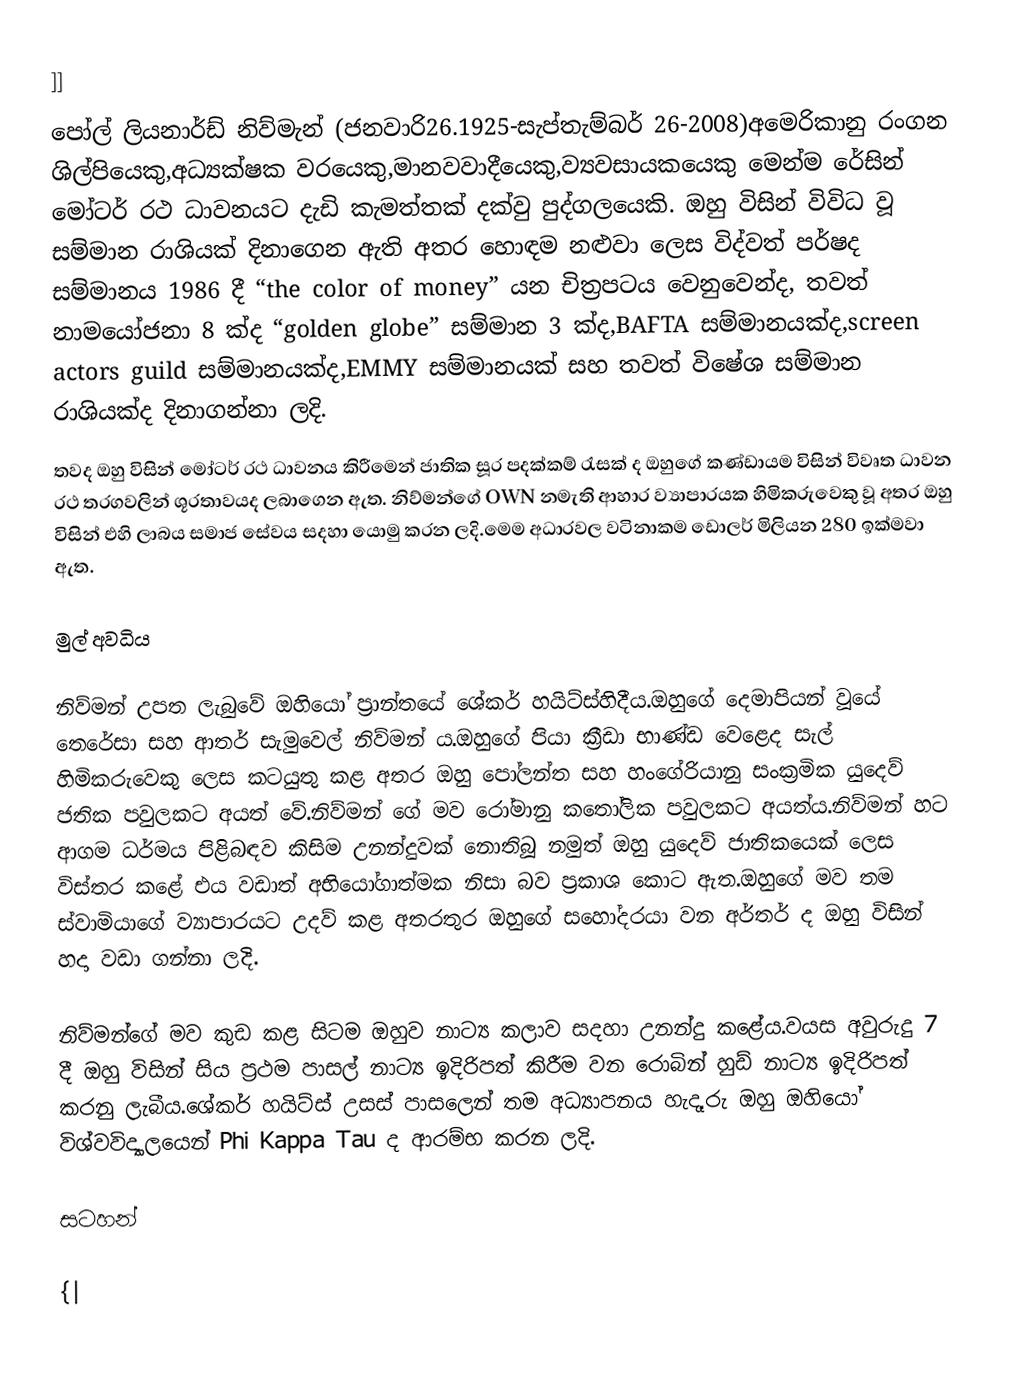
]]
පෝල් ලියනාර්ඩ් නිව්මැන් (ජනවාරි26.1925-සැප්තැම්බර් 26-2008)අමෙරිකානු රංගන ශිල්පියෙකු,අධ්‍යක්ෂක වරයෙකු,මානවවාදීයෙකු,ව්‍යවසායකයෙකු මෙන්ම රේසින් මෝටර් රථ ධාවනයට දැඩි කැමත්තක් දක්වු පුද්ගලයෙකි. ඔහු විසින් විවිධ වූ සම්මාන රාශියක් දිනාගෙන ඇති අතර හොඳම නළුවා ලෙස විද්වත් පර්ෂද සම්මානය 1986 දී “the color of money” යන චිත්‍රපටය වෙනුවෙන්ද, තවත් නාමයෝජනා 8 ක්ද “golden globe” සම්මාන 3 ක්ද,BAFTA සම්මානයක්ද,screen actors guild සම්මානයක්ද,EMMY සම්මානයක් සහ තවත් විෂේශ සම්මාන රාශියක්ද දිනාගන්නා ලදි.
තවද ඔහු විසින් මෝටර් රථ ධාවනය කිරීමෙන් ජාතික සූර පදක්කම් රැසක් ද ඔහුගේ කණ්ඩායම විසින් විවෘත ධාවන රථ තරගවලින් ශූරතාවයද ලබාගෙන ඇත. නිව්මන්ගේ OWN නමැති ආහාර ව්‍යාපාරයක හිමිකරුවෙකු වූ අතර ඔහු විසින් එහි ලාබය සමාජ සේවය සදහා යොමු කරන ලදි.මෙම අධාරවල වටිනාකම ඩොලර් මිලියන 280 ඉක්මවා ඇත.

මුල් අවධිය

නිව්මන් උපත ලැබුවේ ඔහියෝ ප්‍රාන්තයේ ශේකර් හයිට්ස්හිදීය.ඔහුගේ දෙමාපියන් වූයේ තෙරේසා සහ ආතර් සැමුවෙල් නිව්මන් ය.ඔහුගේ පියා ක්‍රීඩා භාණ්ඩ වෙළෙද සැල් හිමිකරුවෙකු ලෙස කටයුතු කළ අතර ඔහු පෝලන්ත සහ හංගේරියානු සංක්‍රමික යුදෙව් ජතික පවුලකට අයත් වේ.නිව්මන් ගේ මව රෝමානු කතෝලික පවුලකට අයත්ය.නිව්මන් හට ආගම ධර්මය පිළිබඳව කිසිම උනන්දුවක් නොතිබූ නමුත් ඔහු යුදෙව් ජාතිකයෙක් ලෙස විස්තර කළේ එය වඩාත් අභියෝගාත්මක නිසා බව ප්‍රකාශ කොට ඇත.ඔහුගේ මව තම ස්වාමියාගේ ව්‍යාපාරයට උදව් කළ අතරතුර ඔහුගේ සහෝදරයා වන අර්තර් ද ඔහු විසින් හදා වඩා ගන්නා ලදි.

නිව්මන්ගේ මව කුඩ කළ සිටම ඔහුව නාට්‍ය කලාව සදහා උනන්දු කළේය.වයස අවුරුදු 7 දී ඔහු විසින් සිය ප්‍රථම පාසල් නාට්‍ය ඉදිරිපත් කිරීම වන රොබින් හුඩ් නාට්‍ය ඉදිරිපත් කරනු ලැබීය.ශේකර් හයිට්ස් උසස් පාසලෙන් තම අධ්‍යාපනය හැදෑරු ඔහු ඔහියෝ විශ්වවිද්‍යාලයෙන් Phi Kappa Tau ද ආරම්භ කරන ලදි.

සටහන්

{|